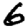
Digit: 6